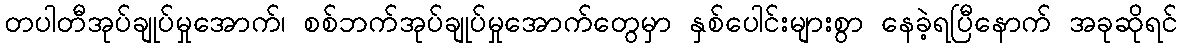
တပါတီအုပ်ချုပ်မှုအောက်၊ စစ်ဘက်အုပ်ချုပ်မှုအောက်တွေမှာ နှစ်ပေါင်းများစွာ နေခဲ့ရပြီနောက် အခုဆိုရင်